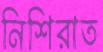
নিশিরাত